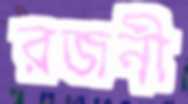
রজনী